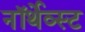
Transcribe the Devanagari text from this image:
नॉर्थेव्स्ट